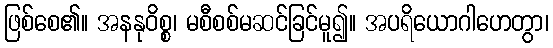
ဖြစ်စေ၏။ အနနုဝိစ္စ၊ မစီစစ်မဆင်ခြင်မူ၍။ အပရိယောဂါဟေတွာ၊